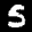
Label: 5